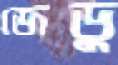
জেডু